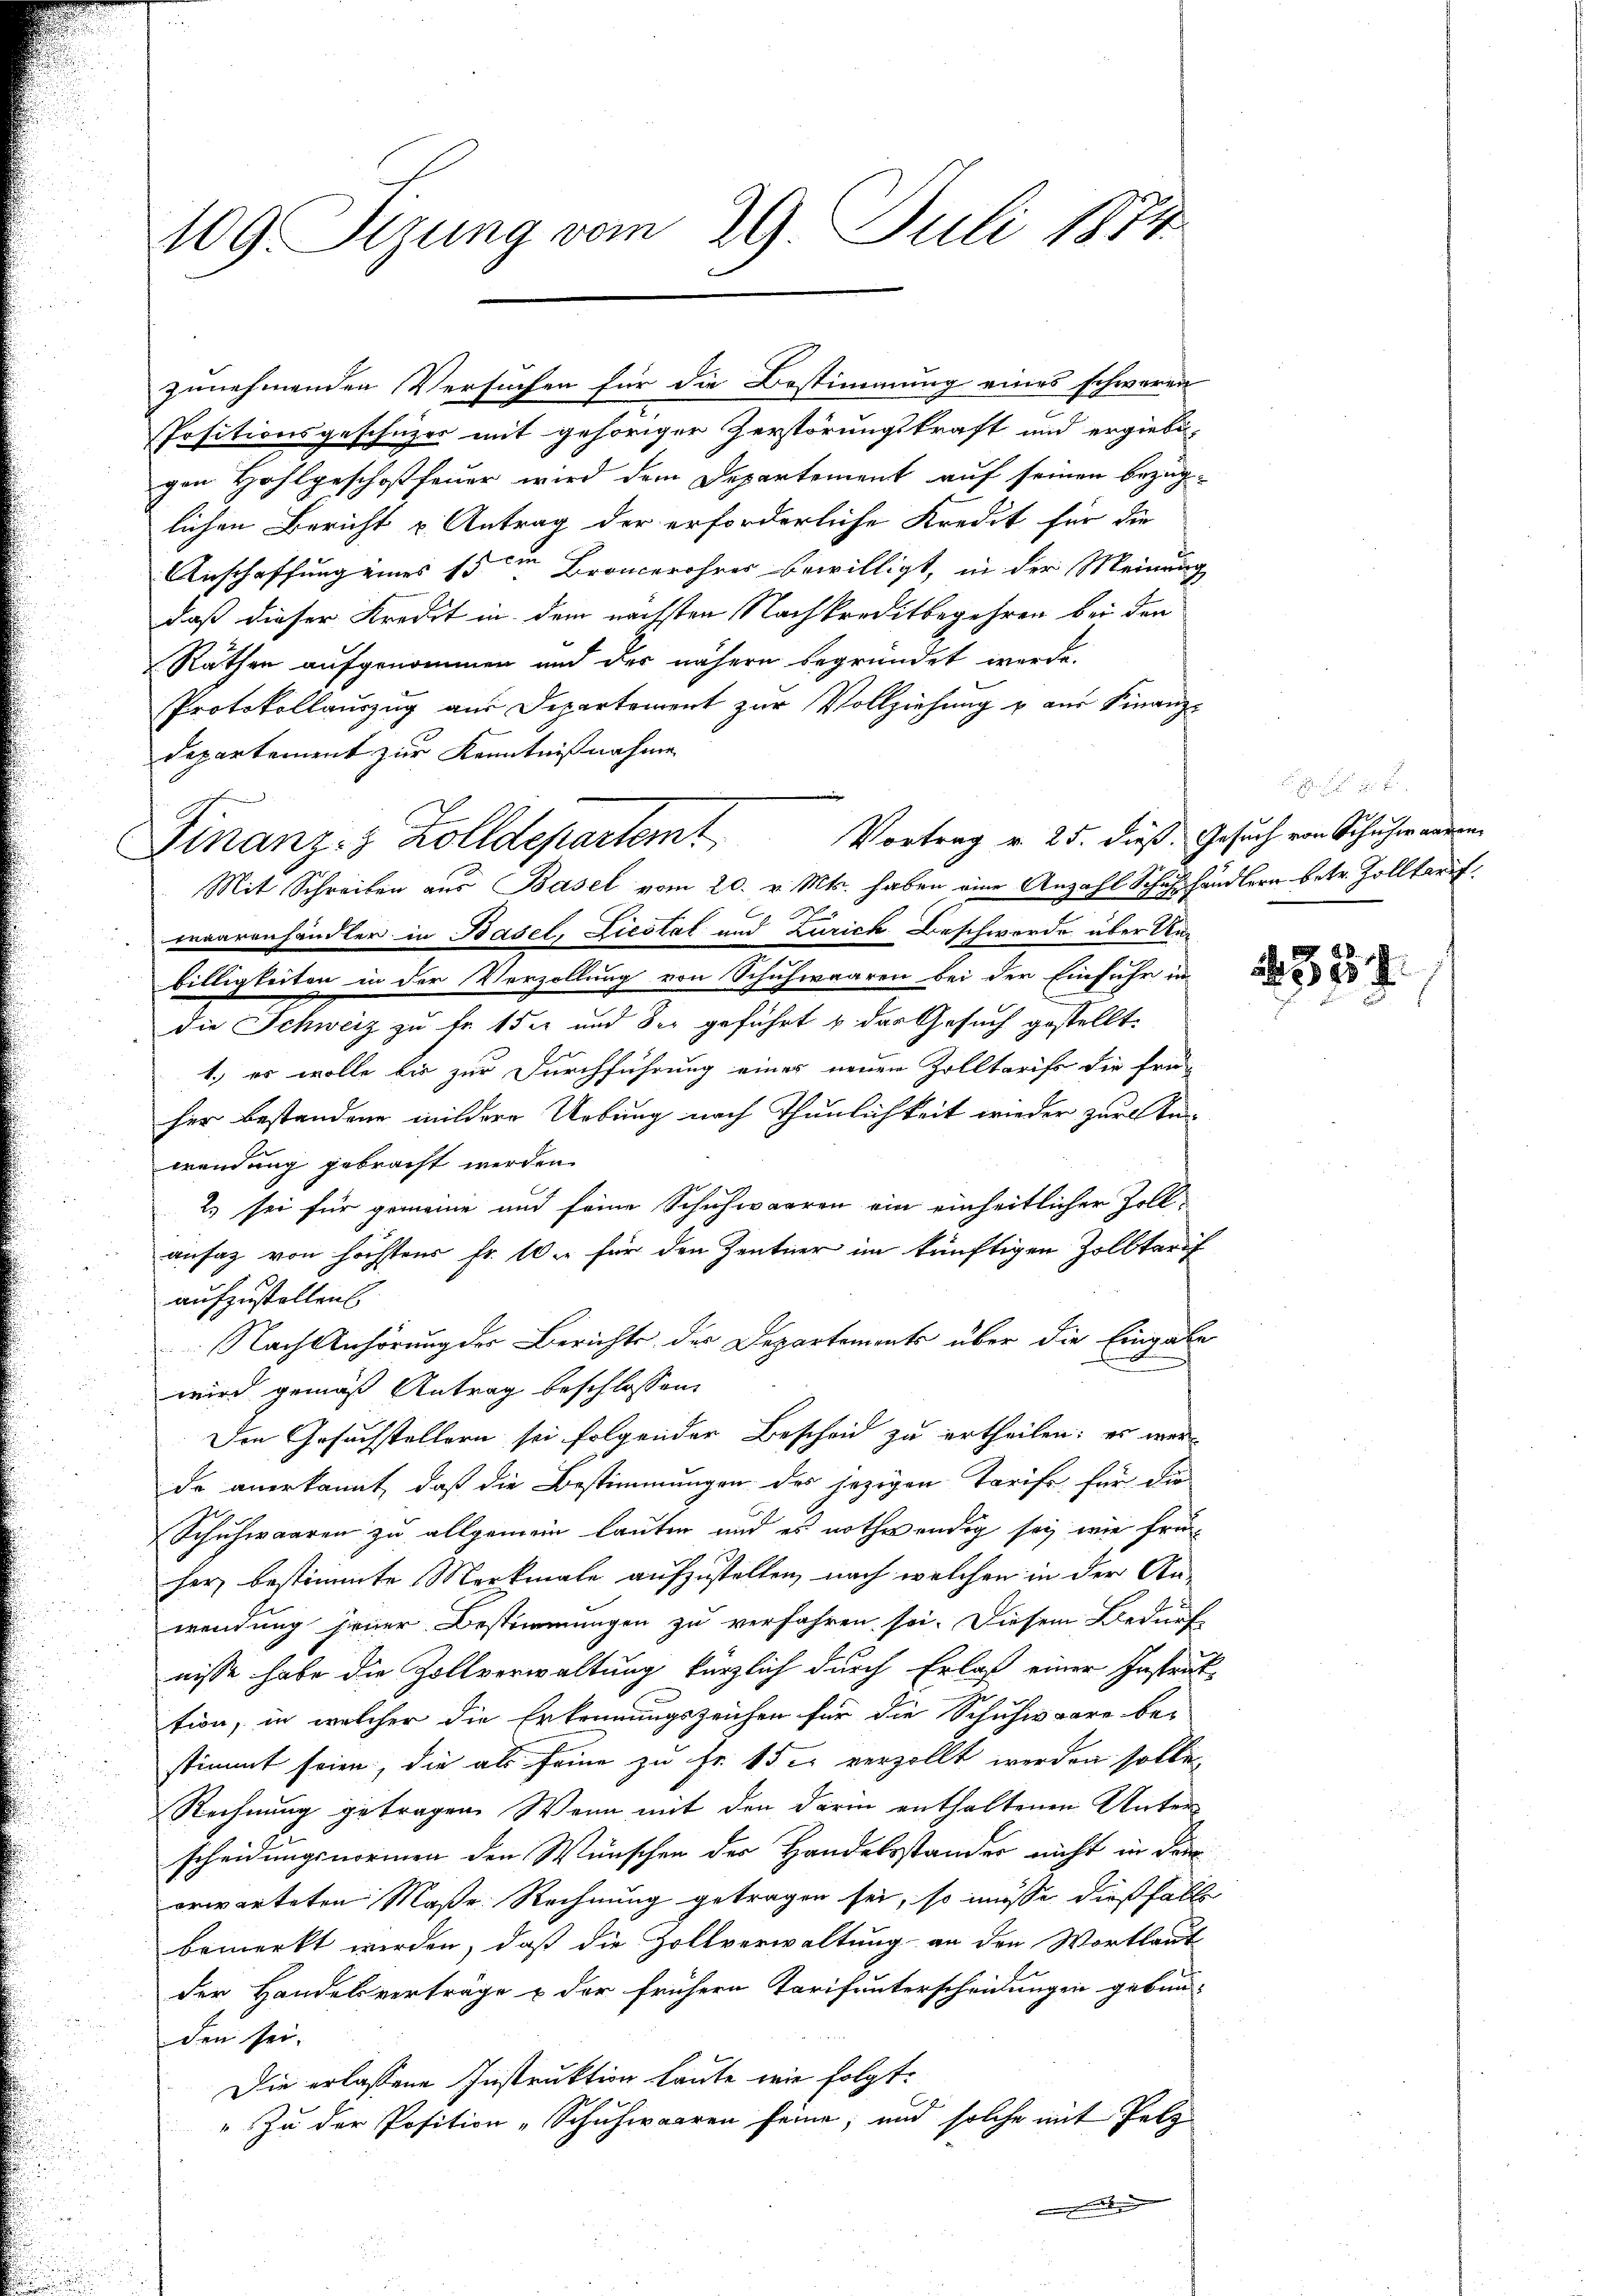
409. Sizung vom 29. Juli 1874

Positionsgeschüzes mit gehöriger Zerstörungskraft und ergiebe-
gen Hohlgeschoffeuer wird dem Departement auf seinen bezüg-
lichen Bericht u Antrag der erforderliche Kredit für die
Anschaffung eines 15ten Broncerohres bewilligt, in der Meinung
daß dieser Kredit in dem nächsten Nachkreditbegehren bei den
Räthen aufgenommen und der nähern begründet werde.
Protokollaŭszŭg aŭs Departement zŭr Vollziehŭng u aŭs Finanz-
Departement zur Kenntnißnahme
Vortrag v. 25. dieß. Gesuch von Schuher anden
waarenhändler in Basel, Liestal und Zürich Beschwerde über Unbilligkeiten in der Verzollung von Schuhwaaren bei der Einfuhr in
die Schweiz zu fr. 152 und der geführt & das Gesuch gestellt.
1.) es wolle bis zur Durchführung eines neuen Zolltarist die frü-
her bestandene mildere Uebung nach Thunlichkeit wieder zur An-
wendung gebracht werden.
2) sei für gemeine und seine Schuhwaaren ein einheitlicher Zoll
ansaz von höchstens fr. 10. für den Zentner im künftigen Zolltarif
aufzustellen
 Nach Anhörung der Berichte der Departements über die Eingabe
wird gemäß Antrag beschlossen:
Ien Gesuchstellern sei folgender Bescheid zu ertheilen: es werde anerkannt, daß die Bestimmungen des jezigen Tarife für die
Schuhwaaren zu allgemein lauten und es nothwendig sei, wie früherz bestimmte Merkmale aufzustellen, nach welchen in der An-
wendung jener Bestimmungen zu verfahren sei. Diesem Bedürf
nisse habe die Zollverwaltung kürzlich durch Erlaß einer Instruktion, in welcher die Erkennungszeichen für die Schuhwaare be-
stimmt seien, die als seine zu Fr. 15 er verzollt werden solle,
Rechnung getragen. Wenn mit den darin enthaltenen Unterscheidungsnormen den Wünschen der Handelsstander nicht in den
erwarteten Maße. Rechnung getragen sei, so müsse dießhalb
bemerkt werden, daß die Zollverwaltung an den Wortlaut
der Handelsverträge & der frühern Tarifunterscheidungen gebun-
den sei.
Die erlassene Instruktion Leute wie folgt:
„Zu der Position „Schuhwaaren seine, und solche mit Pelz

Finanz- & Zolldepartemt
Mit Schreiben aus Basel vom 20. v. Mts. haben eine Anzahl Schulhändlern betr. Zolltarif

zunehmenden Versuchen für die Bestimmung eines schweren

357